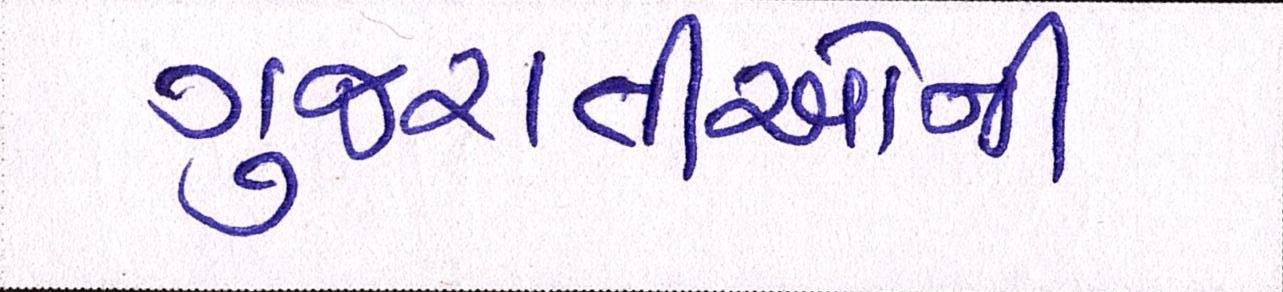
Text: ગુજરાતીઓની